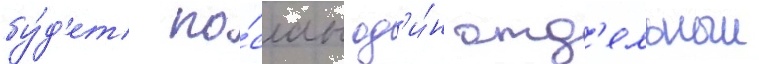
бу́д'ет по́слан од'и́н отд'ельныи